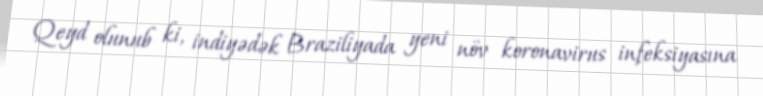
Qeyd olunub ki, indiyədək Braziliyada yeni növ koronavirus infeksiyasına